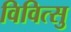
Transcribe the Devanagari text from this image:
विवित्सु